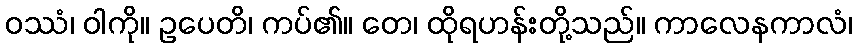
ဝဿံ၊ ဝါကို။ ဥပေတိ၊ ကပ်၏။ တေ၊ ထိုရဟန်းတို့သည်။ ကာလေနကာလံ၊